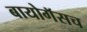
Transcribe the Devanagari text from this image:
बायोगॅसच